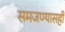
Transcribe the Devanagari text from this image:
समजण्यासही